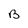
Character: B